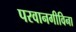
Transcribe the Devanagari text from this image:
परवानगीविना